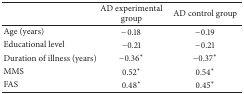
<table><thead><tr><td><b> </b></td><td><b>AD experimental group</b></td><td><b>AD control group</b></td></tr></thead><tbody><tr><td>Age (years)</td><td>−0.18</td><td>−0.19</td></tr><tr><td>Educational level</td><td>−0.21</td><td>−0.21</td></tr><tr><td>Duration of illness (years)</td><td> −0.36*</td><td> −0.37*</td></tr><tr><td>MMS</td><td>0.52*</td><td>0.54*</td></tr><tr><td>FAS</td><td> 0.48*</td><td> 0.45*</td></tr></tbody></table>